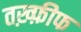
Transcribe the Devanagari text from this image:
तख़्फ़ीफ